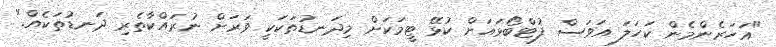
"އަހަރެންމެން ކަހަލަ އަވަސް ފުޓްބޯޅައަށް ކުޅޭ ޓީމަކަށް މިދަނޑުތަކަކީ ވަރަށް ނުރައްކާތެރި ދަނޑުތަކެއް."